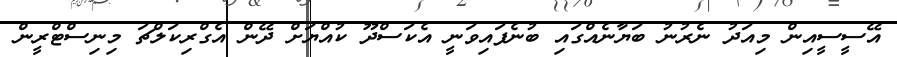
އޭސީސީއިން މިއަދު ނެރުނު ބަޔާނެއްގައި ބުނެފައިވަނީ އެކަސްދޫ ކުއްޔަށް ދޭން އެގްރިކަލްޗަ މިނިސްޓްރީން